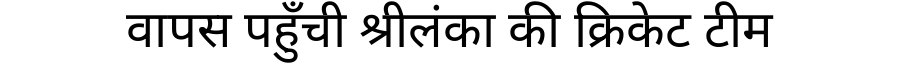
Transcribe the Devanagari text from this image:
वापस पहुँची श्रीलंका की क्रिकेट टीम